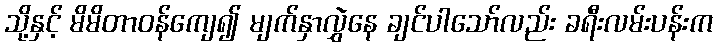
သို့နှင့် မိမိတာဝန်ကျေ၍ မျက်နှာလွှဲနေ ချင်ပါသော်လည်း ခရီးလမ်းပန်းက